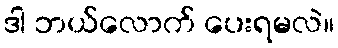
ဒါ ဘယ်လောက် ပေးရမလဲ။